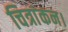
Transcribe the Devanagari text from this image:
चित्रांकन।